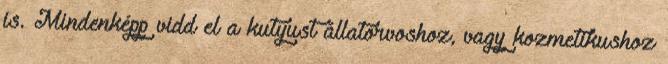
is. Mindenképp vidd el a kutyust állatorvoshoz, vagy kozmetikushoz